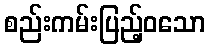
စည်းကမ်းပြည့်ဝသော